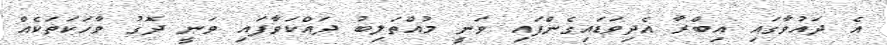
އެ ދައުވާގައި އިބްރާ އެދިވަޑައިގެންފައި ވަނީ މުއްތަލިބު ދައްކަވާފައި ވަނީ ދޮގު ވާހަކަތަކެއް